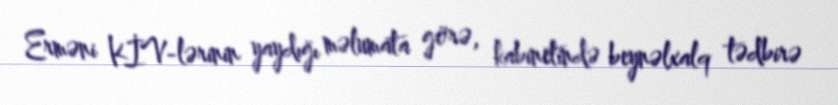
Erməni KİV-lərinin yaydığı məlumata görə, kabinetində beynəlxalq tədbirə